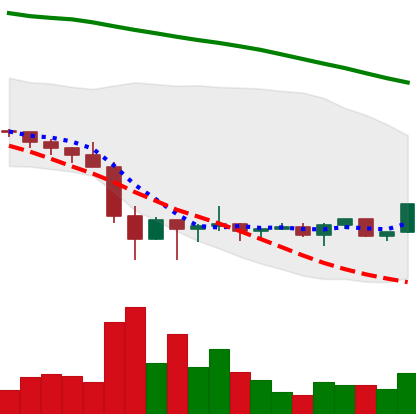
Ticker: XRP-USD
Chart end date: 2022-02-04
Forward return: 32.742%
Label: up_7plus